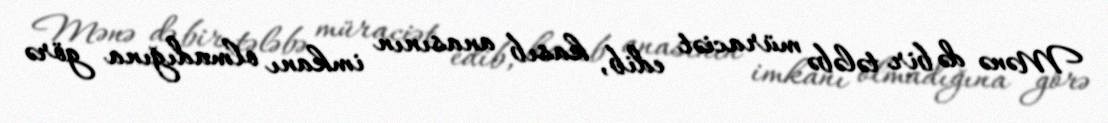
Mənə də bir tələbə müraciət edib, kasıb anasının imkanı olmadığına görə